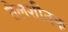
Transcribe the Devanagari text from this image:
तैलशीतक